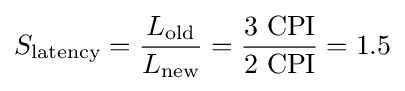
S_{\text{latency}}={\frac {L_{\text{old}}}{L_{\text{new}}}}={\frac {3~{\text{CPI}}}{2~{\text{CPI}}}}=1.5